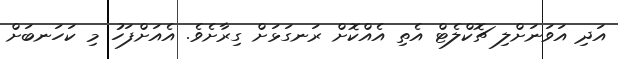
އަދި އަވަނަށްލި ޗޮކްލެޓް އެތި އެއްކޮށް ރަނގަޅަށް ގިރާށެވެ. އެއަށްފަހު މި ކަހަނބަށް